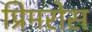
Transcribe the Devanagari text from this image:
प्रिमरोस